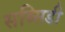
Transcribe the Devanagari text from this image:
सब्‍सिडी